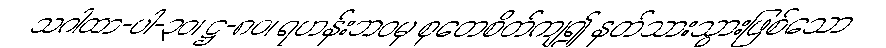
သဂါထာ-ပါ-၃၀၊ ဋ္ဌ-၈၀၊ ရဟန်းဘဝမှ စုတေစိတ်ကျ၍ နတ်သားသွားဖြစ်သော